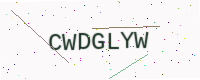
Text: CWDGLYW